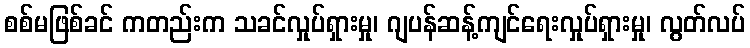
စစ်မဖြစ်ခင် ကတည်းက သခင်လှုပ်ရှားမှု၊ ဂျပန်ဆန့်ကျင်ရေးလှုပ်ရှားမှု၊ လွတ်လပ်